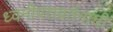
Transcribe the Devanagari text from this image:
ध्वनीपरावर्तनाची